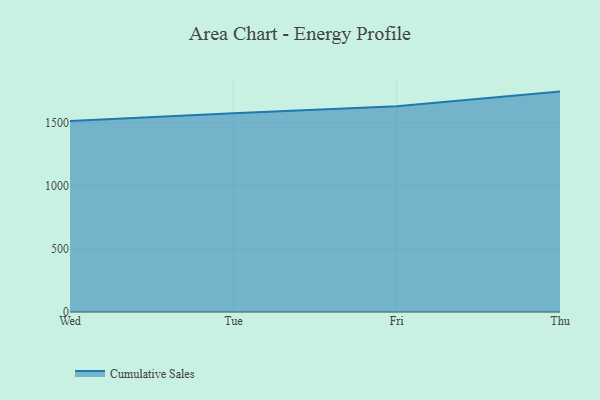
{"axis": {"x": "Day", "y": "Conversion Rate (%)"}, "legend": ["Cumulative Sales"], "data": [{"x": "Wed", "y": 1514.8, "type": "Cumulative Sales"}, {"x": "Tue", "y": 1577.0, "type": "Cumulative Sales"}, {"x": "Fri", "y": 1632.3, "type": "Cumulative Sales"}, {"x": "Thu", "y": 1748.1, "type": "Cumulative Sales"}]}